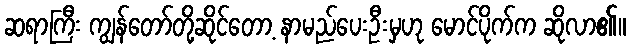
ဆရာကြီး ကျွန်တော်တို့ဆိုင်တော့ နာမည်ပေးဦးမှဟု မောင်ပိုက်က ဆိုလာ၏။